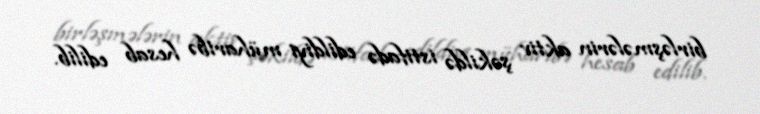
birləşmələrin aktiv şəkildə istifadə edildiyi müharibə hesab edilib.